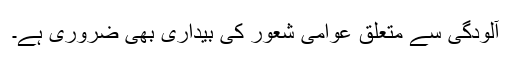
آلودگی سے متعلق عوامی شعور کی بیداری بھی ضروری ہے۔